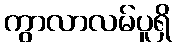
ကွာလာလမ်ပူရှိ